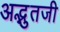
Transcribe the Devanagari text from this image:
अद्भुतजी